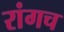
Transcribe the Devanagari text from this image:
रांगच